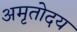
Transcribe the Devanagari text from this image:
अमृतोदय